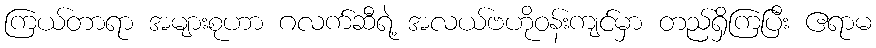
ကြယ်တာရာ အများစုဟာ ဂလက်ဆီရဲ့ အလယ်ဗဟိုဝန်းကျင်မှာ တည်ရှိကြပြီး ဧရာမ